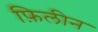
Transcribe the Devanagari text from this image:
फ़िलीन